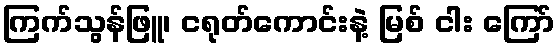
ကြက်သွန်ဖြူ၊ ငရုတ်ကောင်းနဲ့ မြစ် ငါး ကြော်